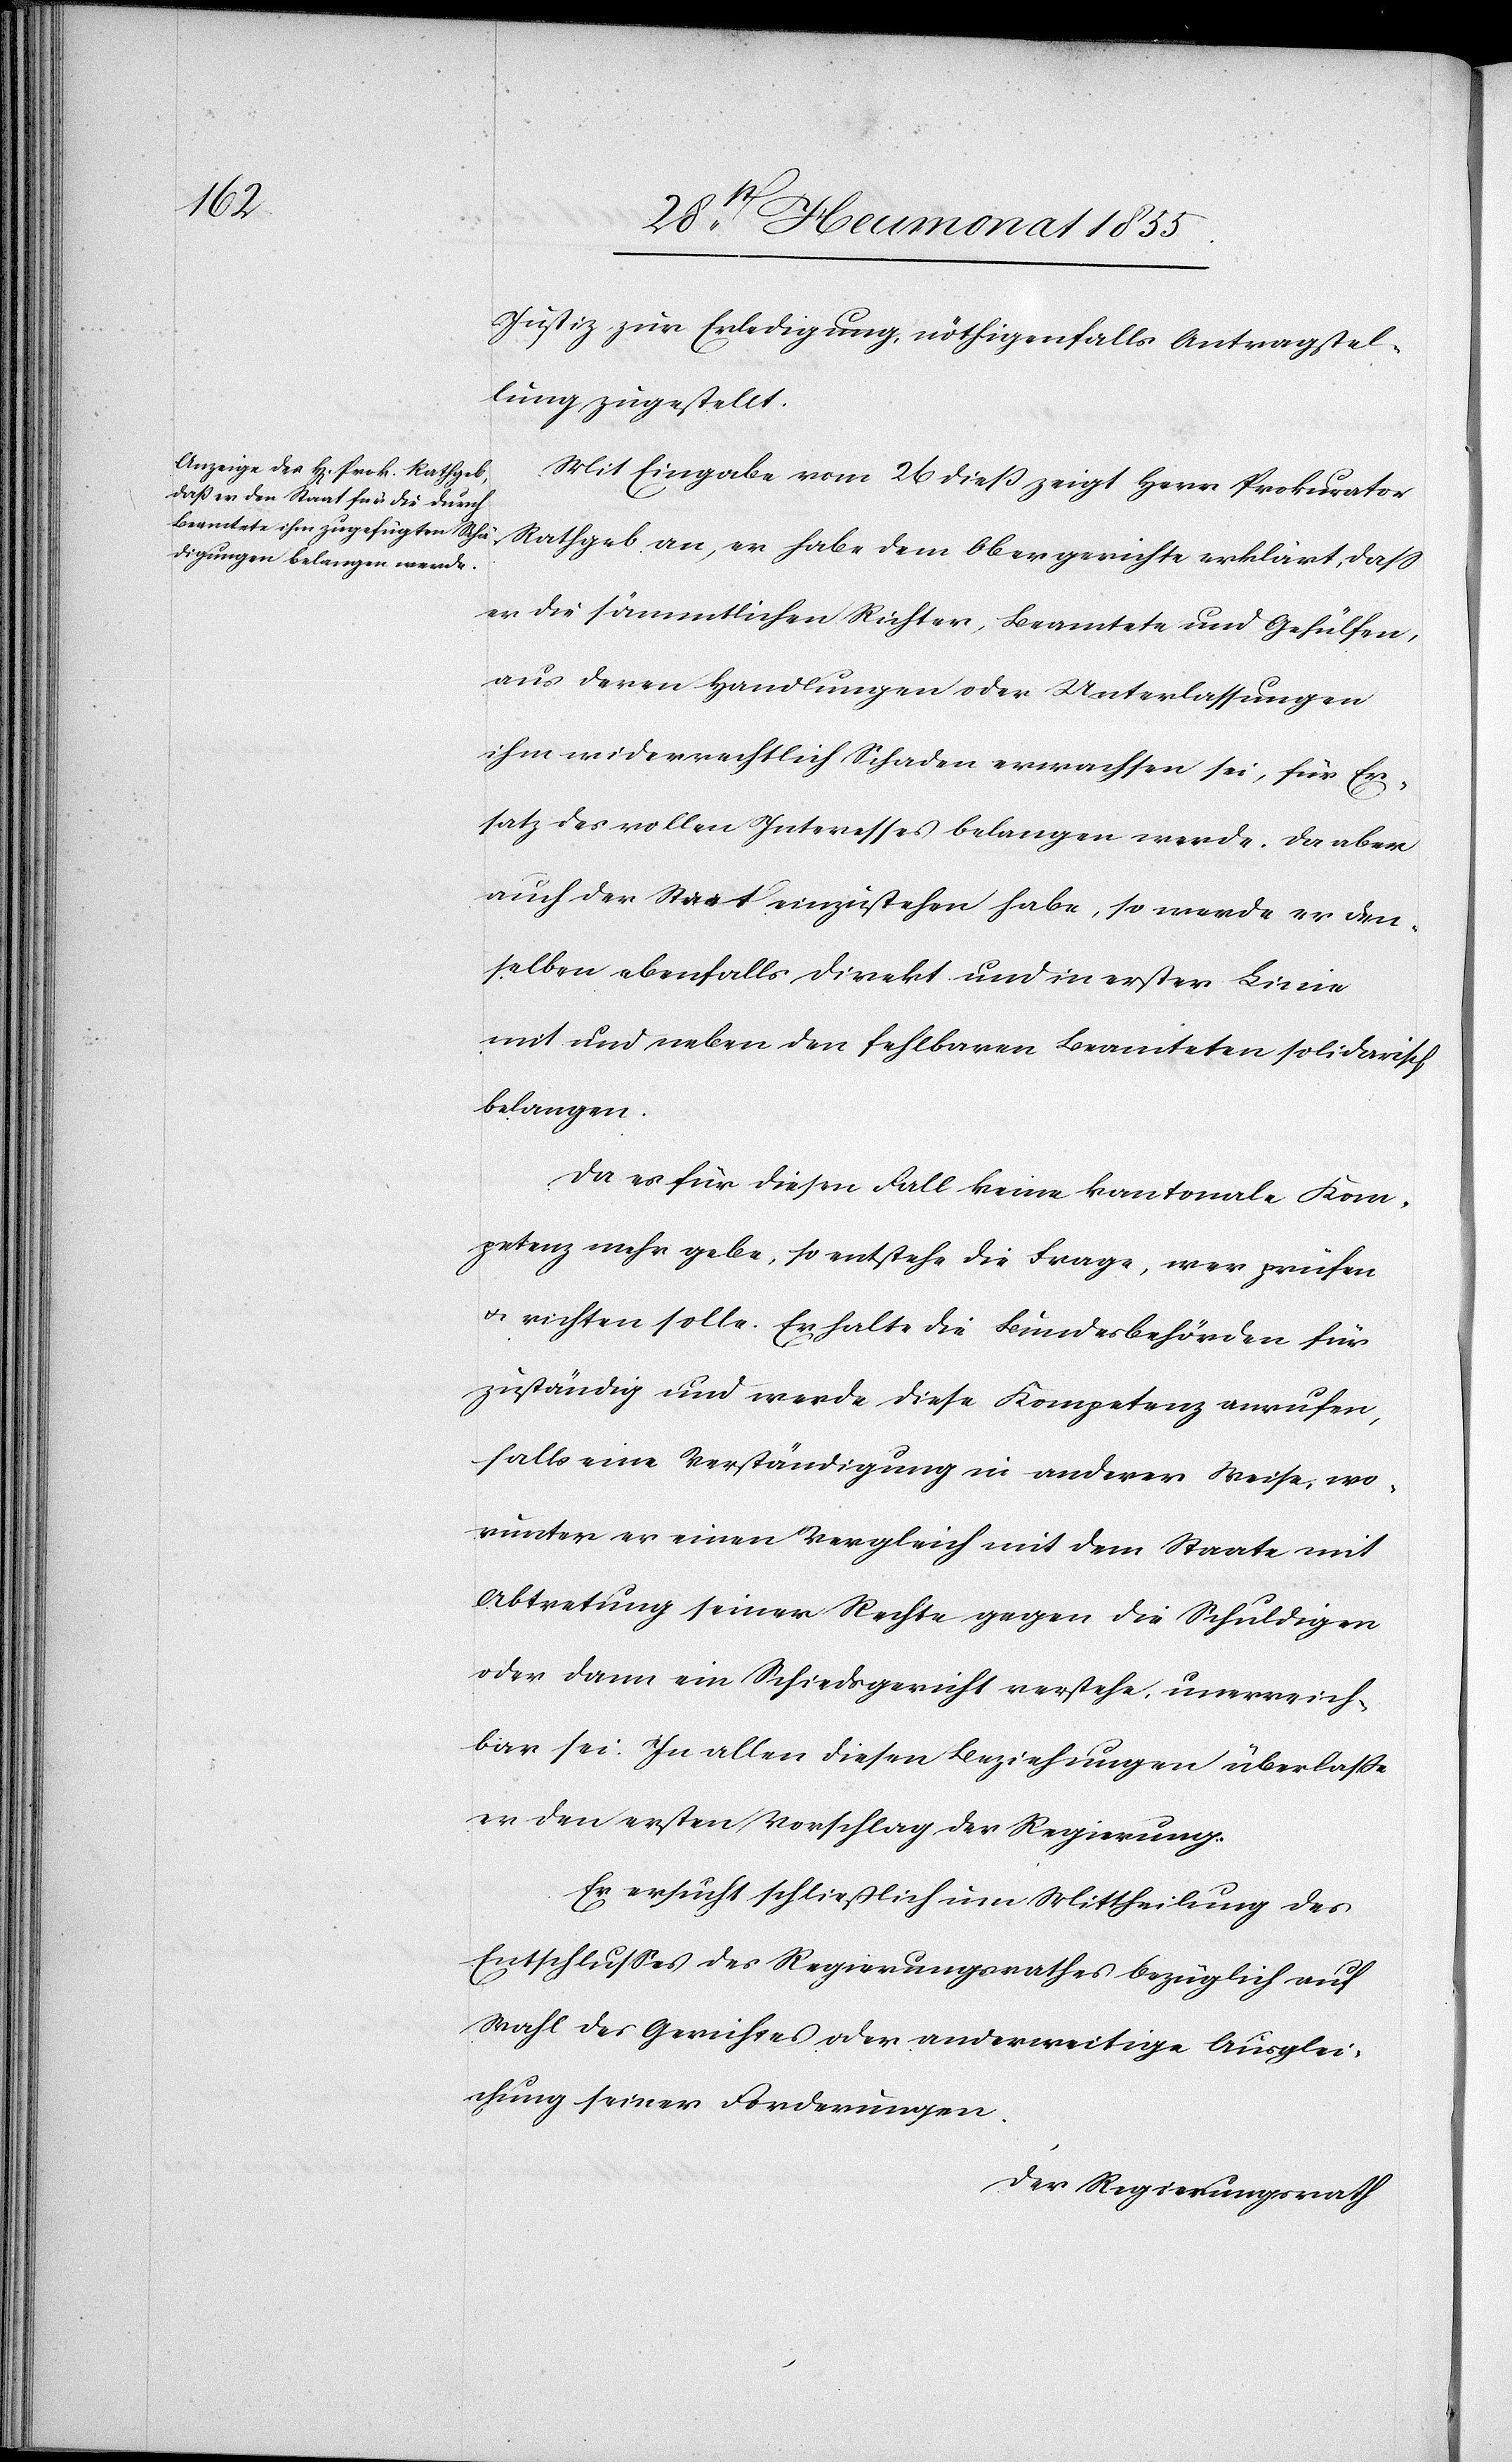
Justiz zur Erledigung, nöthigenfalls Antragstel¬
lung zugestellt.
Mit Eingabe vom 26 dieß zeigt Herr Prokurator
Rathgeb an, er habe dem Obergerichte erklärt, dass
er die sämmtlichen Richter, Beamtete und Gehülfen,
aus deren Handlungen oder Unterlassungen
ihm widerrechtlich Schaden erwachsen sei, für Er¬
satz des vollen Interesses belangen werde. Da aber
auch der Staat einzustehen habe, so werde er den¬
selben ebenfalls direkt und in erster Linie
mit und neben den fehlbaren Beamteten solidarisch
belangen.
Da es für diesen Fall keine kantonale Kom¬
petenz mehr gebe, so entstehe die Frage, wer prüfen
& richten solle. Er halte die Bundesbehörden für
zuständig und werde diese Kompetenz anrufen,
falls eine Verständigung in anderer Weise, wo¬
runter er einen Vergleich mit dem Staate mit
Abtretung seiner Rechte gegen die Schuldigen
oder dann ein Schiedsgericht verstehe, unerreich¬
bar sei. In allen diesen Beziehungen überlaße
er den ersten Vorschlag der Regierung.
Er ersucht schließlich um Mittheilung des
Entschlusses des Regierungsrathes bezüglich auf
Wahl des Gerichtes oder anderweitige Ausglei¬
chung seiner Forderungen.
Der Regierungsrath